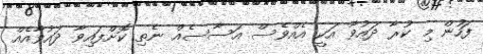
ފަހުން މި ކުރާ ދައުވާ އަކީ އެއްވެސް އަސާސެއް ނެތި ކޮށްފައިވާ ދައުވާއެއް